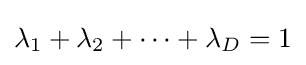
\lambda _{1}+\lambda _{2}+\cdots +\lambda _{D}=1